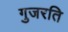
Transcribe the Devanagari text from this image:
गुजरति